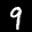
Label: 9